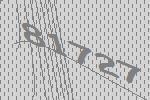
81727